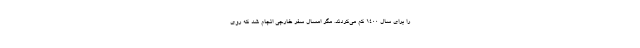
را برای سال ۱۴۰۰ کم می‌کردند. مگر امسال سفر خارجی انجام شد که روی